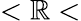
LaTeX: <\mathbb{R}<